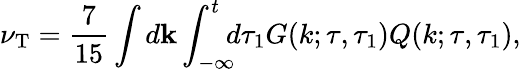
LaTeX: \nu_{\mathrm{{T}}}=\frac{7}{15}\int d{\mathbf{k}}\int_{-\infty}^{t}\! \! \! d\tau_{1}G(k;\tau,\tau_{1})Q(k;\tau,\tau_{1}),